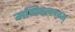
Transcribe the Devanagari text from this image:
मणिपल्लवम्